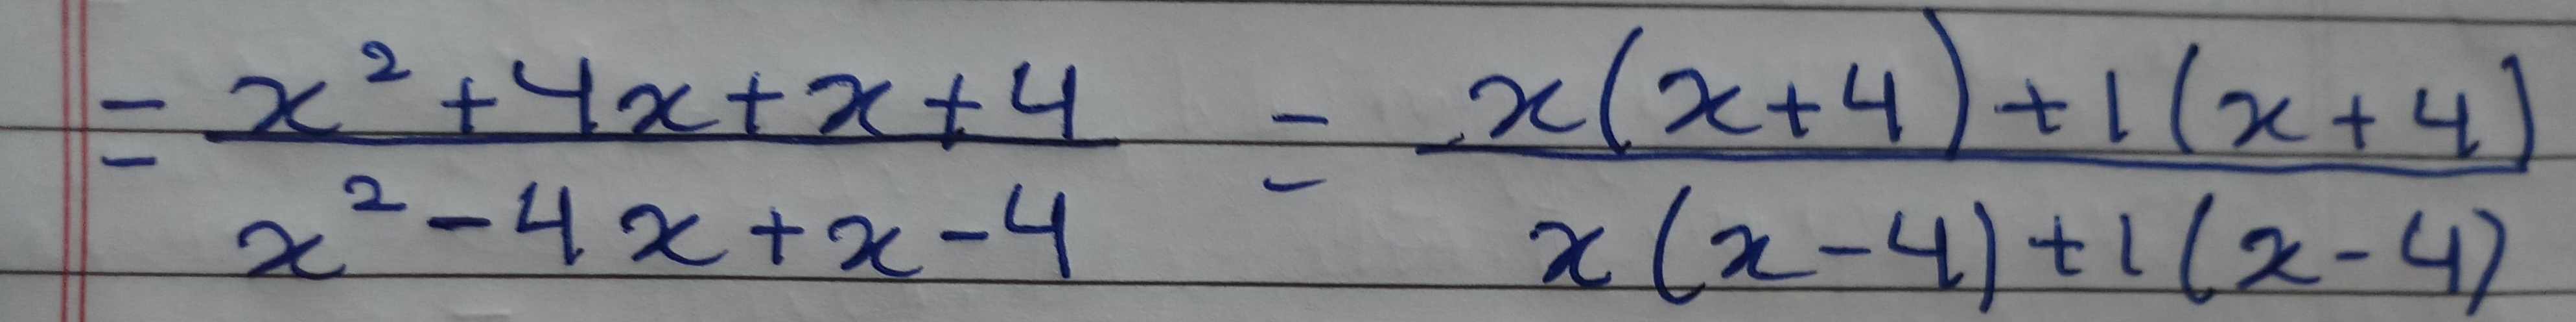
\[
\begin{align*}
&=\frac{x^{2}+4x + x + 4}{x^{2}-4x + x - 4}\\
&=\frac{x(x + 4)+1(x + 4)}{x(x - 4)+1(x - 4)}
\end{align*}
\]